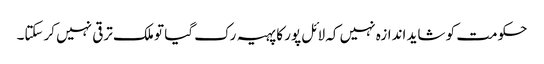
حکومت کو شاید اندازہ نہیں کہ لائل پور کا پہیہ رک گیا تو ملک ترقی نہیں کرسکتا۔